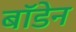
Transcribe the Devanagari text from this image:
बाॅडेन